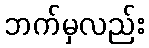
ဘက်မှလည်း